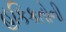
હકિકતોની